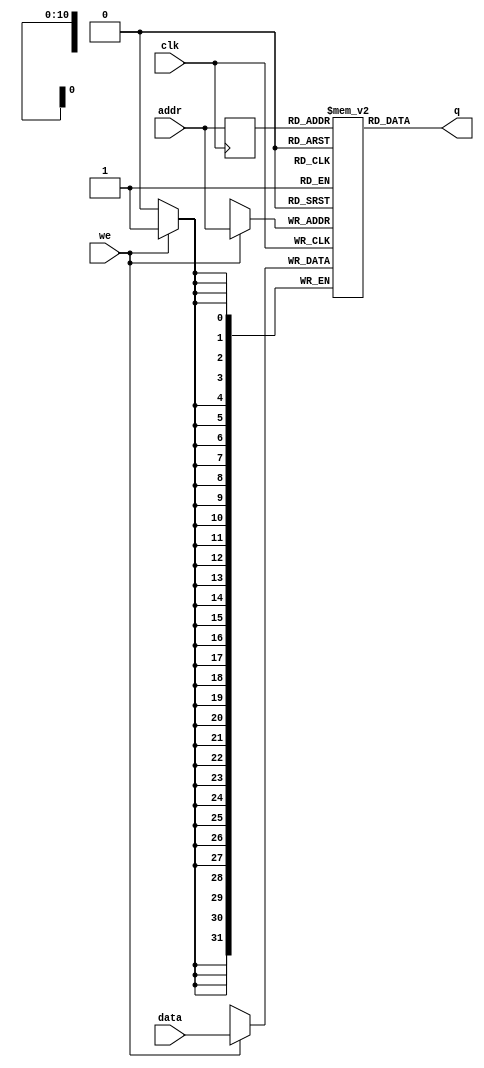
// copied from altera's examples:
// https://www.altera.com/support/support-resources/design-examples/design-software/verilog/ver-single-port-ram.html

module single_port_ram
#(parameter
  ADDR_WIDTH = 11,
  DATA_WIDTH = 32
)
(
  input [DATA_WIDTH - 1: 0] data,
  input [ADDR_WIDTH - 1: 0] addr,
  input we, clk,
  output [DATA_WIDTH - 1: 0] q
);

// Declare the RAM variable
reg [DATA_WIDTH - 1: 0] ram[2 ** ADDR_WIDTH - 1: 0];

// Variable to hold the registered read address
reg [DATA_WIDTH - 1: 0] addr_reg;

always @ (posedge clk)
begin
  // Write
  if (we)
  begin
    ram[addr] <= data;
  end
  addr_reg <= addr;
end

// Continuous assignment implies read returns NEW data.
// This is the natural behavior of the TriMatrix memory
// blocks in Single Port mode.  
assign q = ram[addr_reg];

endmodule